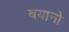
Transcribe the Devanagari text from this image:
बयानो